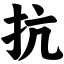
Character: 抗